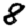
Digit: 8